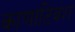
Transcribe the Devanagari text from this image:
काणाटिवंश